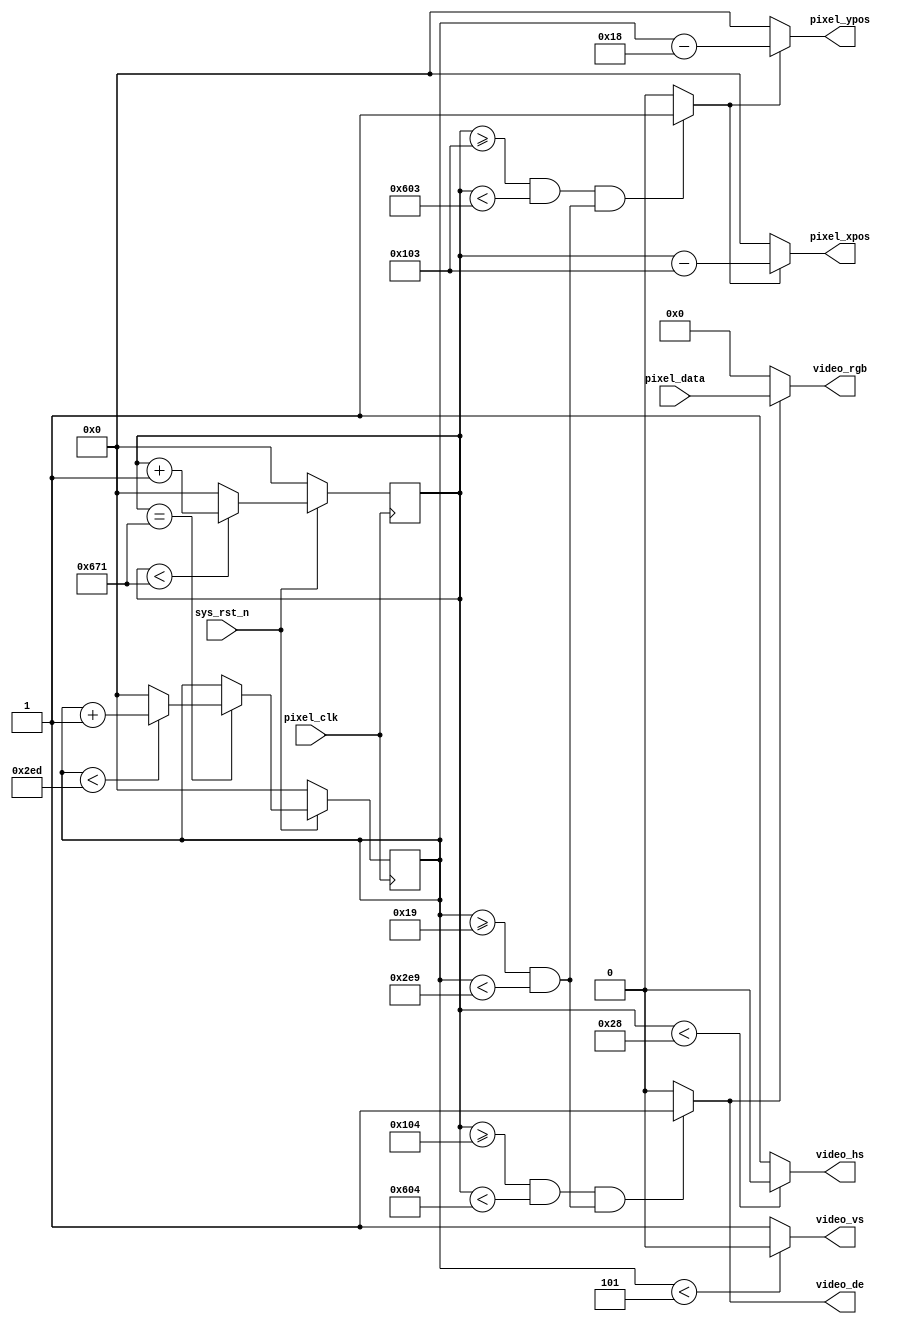
`timescale 1ns / 1ps
//////////////////////////////////////////////////////////////////////////////////
// Company: 
// Engineer: 
// 
// Design Name: 
// Module Name: vedio_driver
// Project Name: 
// Target Devices: 
// Tool Versions: 
// Description: 
// 
// Dependencies: 
// 
// Revision:
// Revision 0.01 - File Created
// Additional Comments:
// 
//////////////////////////////////////////////////////////////////////////////////


module video_driver(
     input           pixel_clk,
    input           sys_rst_n,
    
    //RGB
    output          video_hs,     
    output          video_vs,    
    output          video_de,     
    output  [23:0]  video_rgb,   
    
    input   [23:0]  pixel_data,   
    output  [10:0]  pixel_xpos,   
    output  [10:0]  pixel_ypos    

    );
    

//parameter define

//1280*720 
parameter  H_SYNC   =  11'd40;   
parameter  H_BACK   =  11'd220;  
parameter  H_DISP   =  11'd1280; 
parameter  H_FRONT  =  11'd110;  
parameter  H_TOTAL  =  11'd1650; 

parameter  V_SYNC   =  11'd5;    
parameter  V_BACK   =  11'd20;   
parameter  V_DISP   =  11'd720;  
parameter  V_FRONT  =  11'd5;    
parameter  V_TOTAL  =  11'd750;  

//reg define
reg  [10:0] cnt_h;
reg  [10:0] cnt_v;

//wire define
wire       video_en;
wire       data_req;



assign video_de  = video_en;

assign video_hs  = ( cnt_h < H_SYNC ) ? 1'b0 : 1'b1;  
assign video_vs  = ( cnt_v < V_SYNC ) ? 1'b0 : 1'b1;  


assign video_en  = (((cnt_h >= H_SYNC+H_BACK) && (cnt_h < H_SYNC+H_BACK+H_DISP))
                 &&((cnt_v >= V_SYNC+V_BACK) && (cnt_v < V_SYNC+V_BACK+V_DISP)))
                 ?  1'b1 : 1'b0;


assign video_rgb = video_en ? pixel_data : 24'd0;


assign data_req = (((cnt_h >= H_SYNC+H_BACK-1'b1) && 
                    (cnt_h < H_SYNC+H_BACK+H_DISP-1'b1))
                  && ((cnt_v >= V_SYNC+V_BACK) && (cnt_v < V_SYNC+V_BACK+V_DISP)))
                  ?  1'b1 : 1'b0;


assign pixel_xpos = data_req ? (cnt_h - (H_SYNC + H_BACK - 1'b1)) : 11'd0;
assign pixel_ypos = data_req ? (cnt_v - (V_SYNC + V_BACK - 1'b1)) : 11'd0;


always @(posedge pixel_clk ) begin
    if (!sys_rst_n)
        cnt_h <= 11'd0;
    else begin
        if(cnt_h < H_TOTAL - 1'b1)
            cnt_h <= cnt_h + 1'b1;
        else 
            cnt_h <= 11'd0;
    end
end


always @(posedge pixel_clk ) begin
    if (!sys_rst_n)
        cnt_v <= 11'd0;
    else if(cnt_h == H_TOTAL - 1'b1) begin
        if(cnt_v < V_TOTAL - 1'b1)
            cnt_v <= cnt_v + 1'b1;
        else 
            cnt_v <= 11'd0;
    end
end
endmodule